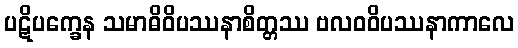
ပဋိပက္ခေန သမာဓိဝိပဿနာစိတ္တဿ ဗလဝဝိပဿနာကာလေ